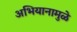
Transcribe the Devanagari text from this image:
अभियानामुळे